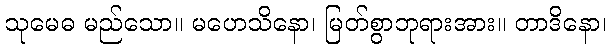
သုမေဓ မည်သော။ မဟေသိနော၊ မြတ်စွာဘုရားအား။ တာဒိနော၊